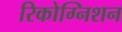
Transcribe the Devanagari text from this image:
रिकोग्निशन